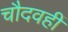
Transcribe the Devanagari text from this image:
चौदवहीं